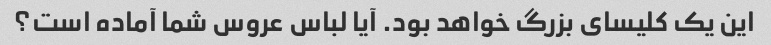
این یک کلیسای بزرگ خواهد بود. آیا لباس عروس شما آماده است؟